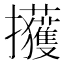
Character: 𫾢